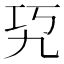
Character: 𰏉